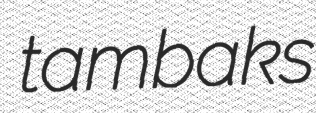
tambaks